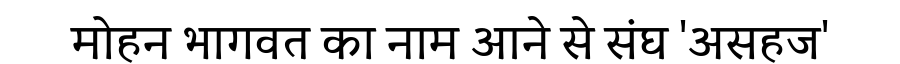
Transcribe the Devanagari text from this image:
मोहन भागवत का नाम आने से संघ 'असहज'